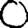
Digit: 0